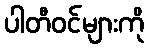
ပါတီဝင်များကို